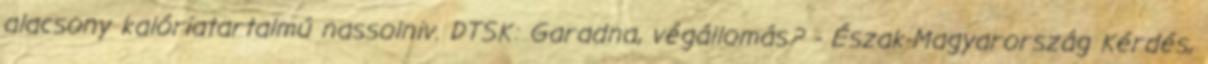
alacsony kalóriatartalmú nassolniv. DTSK: Garadna, végállomás? - Észak-Magyarország Kérdés,